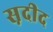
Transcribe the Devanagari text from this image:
स़दीद